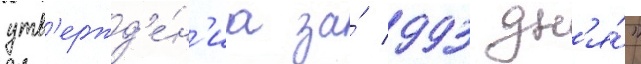
утв'ержд'е́н'иа за́ 993 дн'я́"